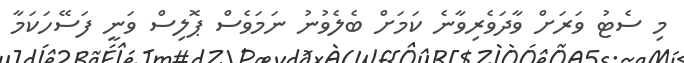
މި ސެޓު ވަރަށް ވާދަވެރިވާނެ ކަމަށް ބެލެވުނު ނަމަވެސް ޕޮލިސް ވަނީ ފަސޭހަކަމާ